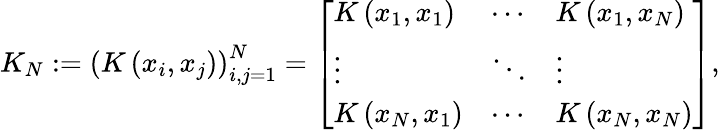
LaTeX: K_{N}:=\left(K\left(x_{i},x_{j}\right)\right)_{i,j=1}^{N}=\left[\begin{array}{lll}{K\left(x_{1},x_{1}\right)}&{\cdots}&{K\left(x_{1},x_{N}\right)}\\ {\vdots}&{\ddots}&{\vdots}\\ {K\left(x_{N},x_{1}\right)}&{\cdots}&{K\left(x_{N},x_{N}\right)}\end{array}\right],